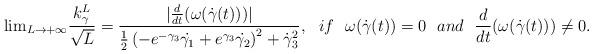
LaTeX: \begin{align*}{\rm lim}_{L\rightarrow +\infty}\frac{k_{\gamma}^{L}}{\sqrt{L}}=\frac{|\frac{d}{dt}(\omega(\dot{\gamma}(t)))|}{\frac{1}{2}\left(-e^{-\gamma_3}\dot{\gamma_1}+e^{\gamma_3}\dot{\gamma_2}\right)^2+\dot{\gamma}_3^2},~~if ~~\omega(\dot{\gamma}(t))= 0~~and~~\frac{d}{dt}(\omega(\dot{\gamma}(t)))\neq 0.\end{align*}